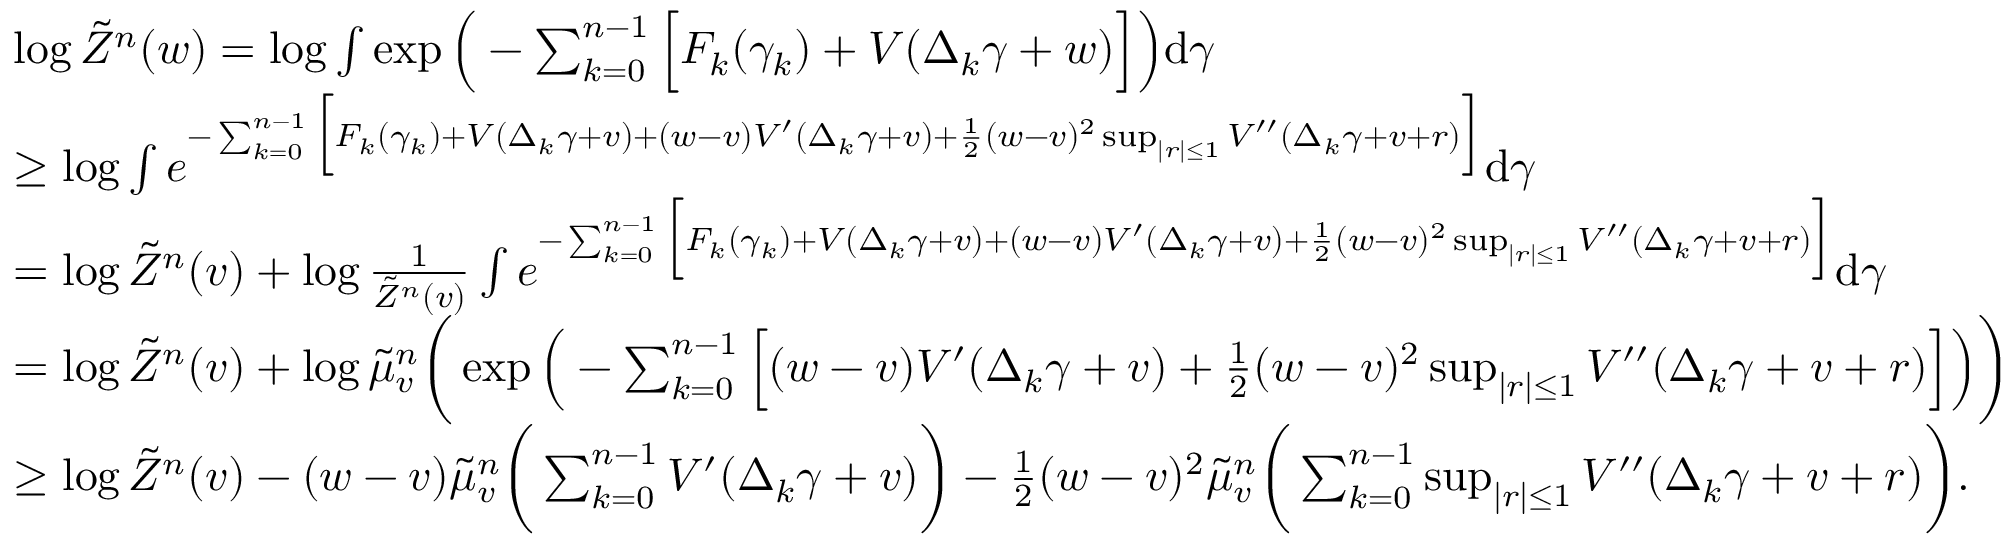
\begin{array} { r l } & { \log \tilde { Z } ^ { n } ( w ) = \log \int \exp \Big ( - \sum _ { k = 0 } ^ { n - 1 } \Big [ F _ { k } ( \gamma _ { k } ) + V ( \Delta _ { k } \gamma + w ) \Big ] \Big ) \mathrm { d } { \gamma } } \\ & { \ge \log \int e ^ { - \sum _ { k = 0 } ^ { n - 1 } \Big [ F _ { k } ( \gamma _ { k } ) + V ( \Delta _ { k } \gamma + v ) + ( w - v ) V ^ { \prime } ( \Delta _ { k } \gamma + v ) + \frac { 1 } { 2 } ( w - v ) ^ { 2 } \operatorname* { s u p } _ { | r | \le 1 } V ^ { \prime \prime } ( \Delta _ { k } \gamma + v + r ) \Big ] } \mathrm { d } { \gamma } } \\ & { = \log \tilde { Z } ^ { n } ( v ) + \log \frac { 1 } { \tilde { Z } ^ { n } ( v ) } \int e ^ { - \sum _ { k = 0 } ^ { n - 1 } \Big [ F _ { k } ( \gamma _ { k } ) + V ( \Delta _ { k } \gamma + v ) + ( w - v ) V ^ { \prime } ( \Delta _ { k } \gamma + v ) + \frac { 1 } { 2 } ( w - v ) ^ { 2 } \operatorname* { s u p } _ { | r | \le 1 } V ^ { \prime \prime } ( \Delta _ { k } \gamma + v + r ) \Big ] } \mathrm { d } { \gamma } } \\ & { = \log \tilde { Z } ^ { n } ( v ) + \log \tilde { \mu } _ { v } ^ { n } \bigg ( \exp \Big ( - \sum _ { k = 0 } ^ { n - 1 } \Big [ ( w - v ) V ^ { \prime } ( \Delta _ { k } \gamma + v ) + \frac { 1 } { 2 } ( w - v ) ^ { 2 } \operatorname* { s u p } _ { | r | \le 1 } V ^ { \prime \prime } ( \Delta _ { k } \gamma + v + r ) \Big ] \Big ) \bigg ) } \\ & { \ge \log \tilde { Z } ^ { n } ( v ) - ( w - v ) \tilde { \mu } _ { v } ^ { n } \bigg ( \sum _ { k = 0 } ^ { n - 1 } V ^ { \prime } ( \Delta _ { k } \gamma + v ) \bigg ) - \frac { 1 } { 2 } ( w - v ) ^ { 2 } \tilde { \mu } _ { v } ^ { n } \bigg ( \sum _ { k = 0 } ^ { n - 1 } \operatorname* { s u p } _ { | r | \le 1 } V ^ { \prime \prime } ( \Delta _ { k } \gamma + v + r ) \bigg ) . } \end{array}